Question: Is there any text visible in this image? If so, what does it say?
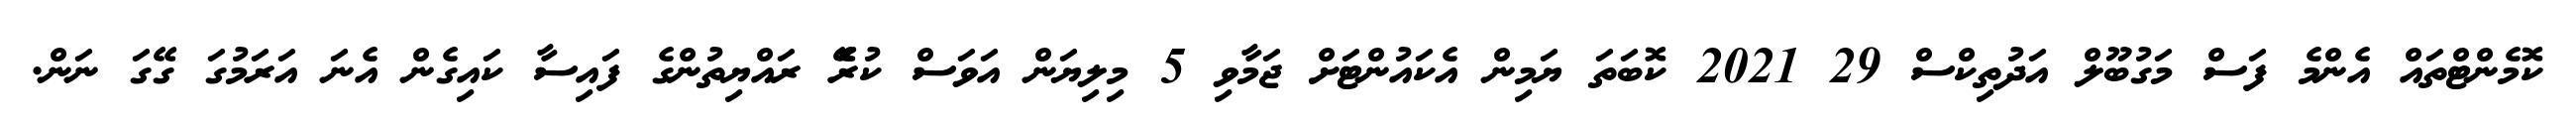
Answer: ކޮމެންޓްތައް އެންމެ ފަސް މަގުބޫލް އަދުތިކްސް 29 2021 ކޮބަތަ ޔަމިން އެކައުންޓަށް ޖަމާވި 5 މިލިޔަން އަވަސް ކުރެޭ ރައްޔިތުންގެ ފައިސާ ކައިގެން އެނަ އަރަމުގަ ގޭގަ ނަން.